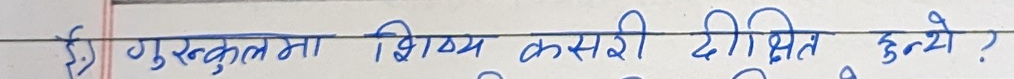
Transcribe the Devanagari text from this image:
६) गुरुकुलमा शिष्य कसरी दीक्षित हुन्थे ?